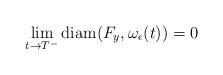
LaTeX: \begin{align*}\lim_{t \to T^-} \mathrm{diam}(F_y,\omega_\epsilon(t)) = 0\end{align*}